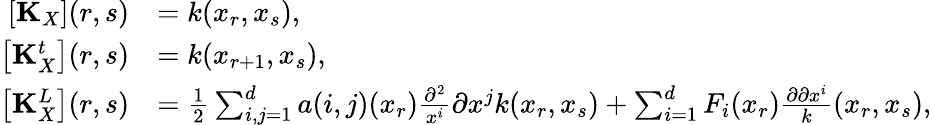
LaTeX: \begin{array}{rl}{\left[\mathbf{K}_{X}\right](r,s)}&{=k(x_{r},x_{s}),}\\ {\left[\mathbf{K}_{X}^{t}\right](r,s)}&{=k(x_{r+1},x_{s}),}\\ {\left[\mathbf{K}_{X}^{L}\right](r,s)}&{=\frac{1}{2}\sum_{i,j=1}^{d}a(i,j)(x_{r})\frac{\partial^{2}}{x^{i}}{\partial x^{j}}k(x_{r},x_{s})+\sum_{i=1}^{d}F_{i}(x_{r})\frac{\partial\partial x^{i}}k(x_{r},x_{s}),}\end{array}